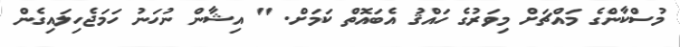
މުސްކާންގެ މައްޗަށް މިވަރުގެ ހައްޤު އެބައޮތް ކަމަށް. " އިޝާން ނުހަނު ހަމަޖެހިލައިގެން